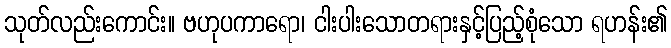
သုတ်လည်းကောင်း။ ဗဟုပကာရော၊ ငါးပါးသောတရားနှင့်ပြည့်စုံသော ရဟန်း၏